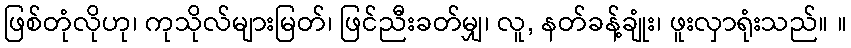
ဖြစ်တုံလိုဟု၊ ကုသိုလ်များမြတ်၊ ဖြင်ညီးခတ်မျှ၊ လူ, နတ်ခန့်ချုံး၊ ဖူးလှာရုံးသည်။ ။